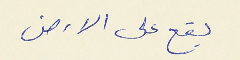
يقع على الارض